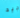
جيد